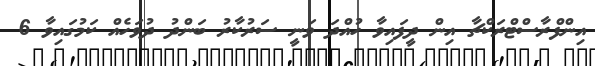
އިންފްރާސްޓްރަކްޗާ އިން ދީފައިވާ ހުއްދަ ވަނީ ސަރުކާރު ބަންދު ދުވަހެއް ކަމުގައިވާ 6